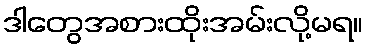
ဒါတွေအစားထိုးအမ်းလို့မရ။